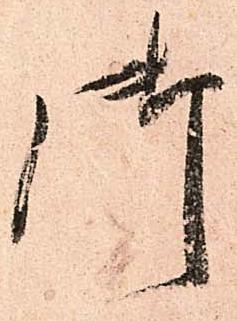
御